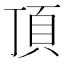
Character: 頂